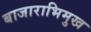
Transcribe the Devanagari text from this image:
बाजाराभिमुख